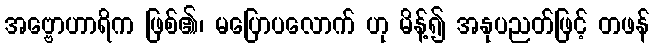
အဗ္ဗောဟာရိက ဖြစ်၏၊ မပြောပလောက် ဟု မိန့်၍ အနုပညတ်ဖြင့် တဖန်